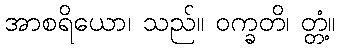
အာစရိယော၊ သည်။ ဝက္ခတိ၊ တ္တံ့။